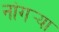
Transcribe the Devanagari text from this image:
नांगर्‍या